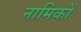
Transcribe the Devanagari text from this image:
नामिकों